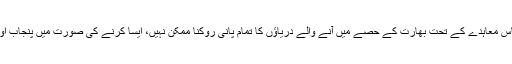
بھارتی ماہرین کا کہنا ہے کہ سندھ طاس معاہدے کے تحت بھارت کے حصے میں آنے والے دریاؤں کا تمام پانی روکنا ممکن نہیں، ایسا کرنے کی صورت میں پنجاب اور کشمیر کے علاقے ڈوب جائیں گے۔